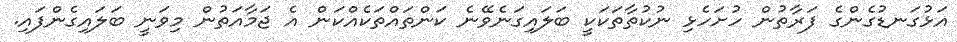
އަޅުގަނޑުގެންގެ ފަރާތުން ހުށަހެޅި ނުކުތާތަކަކީ ބަލައިގަނެވޭނެ ކަންތައްތަކެއްކަން އެ ޖަމާއަތުން މިވަނީ ބަލައިގެންފައި.